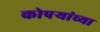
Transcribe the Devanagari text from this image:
कोपर्‍यांच्या